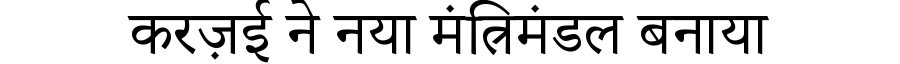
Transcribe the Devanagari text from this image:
करज़ई ने नया मंत्रिमंडल बनाया